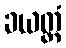
ခယတ္ထံ